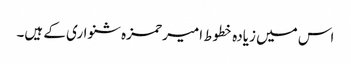
اس میں زیادہ خطوط امیر حمزہ شنواری کے ہیں۔